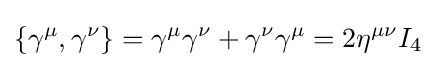
\displaystyle \{\gamma ^{\mu },\gamma ^{\nu }\}=\gamma ^{\mu }\gamma ^{\nu }+\gamma ^{\nu }\gamma ^{\mu }=2\eta ^{\mu \nu }I_{4}